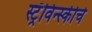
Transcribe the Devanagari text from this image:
स्ट्रॅविन्स्कीचे